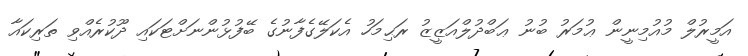
އަމީރުލް މުއުމިނީން ޢުމަރު ބުނު ޢަބްދުލްއަޒީޒު ރަޙިމަހު އެކަލޭގެފާނުގެ ބޭފުޅުންނަށްޓަކައި ދޫކުރެއްވި ތަރިކައާ